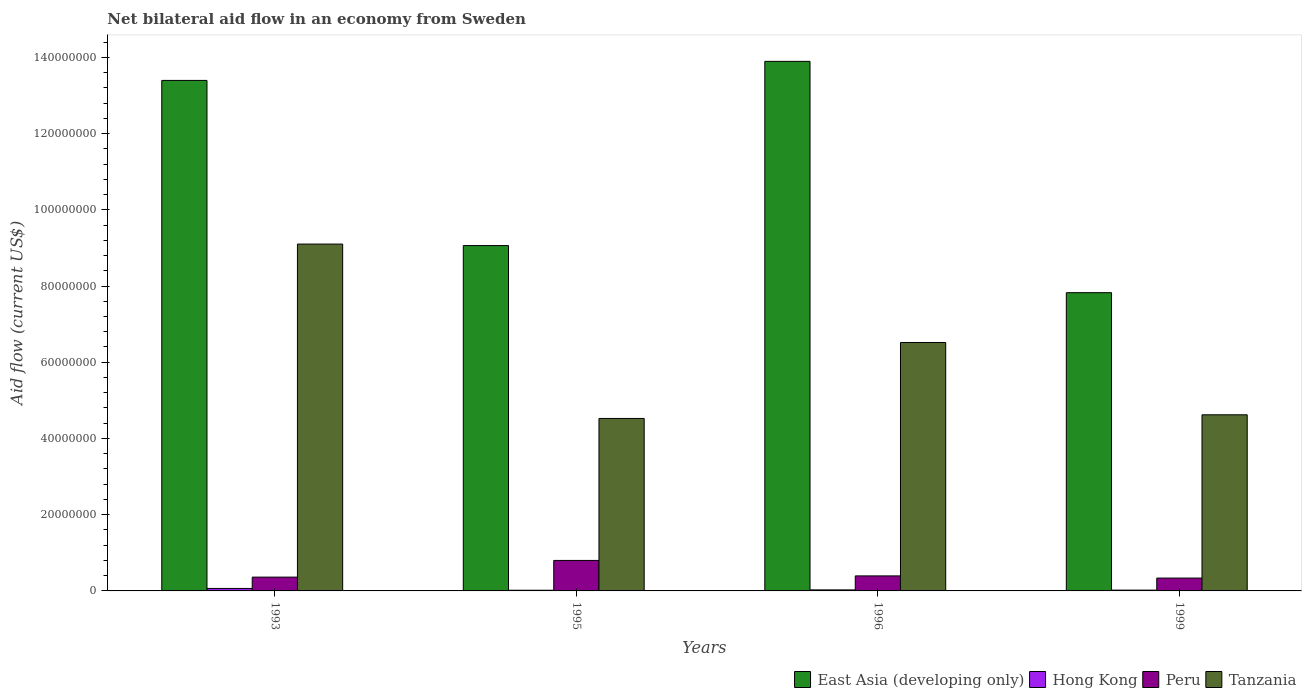
| Years | East Asia (developing only) | Hong Kong | Peru | Tanzania |
 | --- | --- | --- | --- | --- |
 | 1993 | 1.34e+08 | 6.5e+05 | 3.62e+06 | 9.1e+07 |
 | 1995 | 9.06e+07 | 1.8e+05 | 8e+06 | 4.52e+07 |
 | 1996 | 1.39e+08 | 2.7e+05 | 3.94e+06 | 6.52e+07 |
 | 1999 | 7.82e+07 | 2.1e+05 | 3.37e+06 | 4.62e+07 |